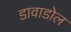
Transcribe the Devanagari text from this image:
डावाडोल